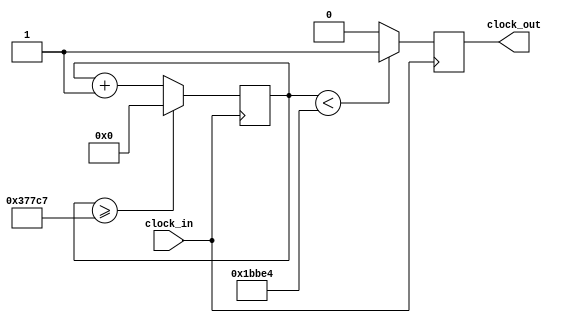
`timescale 1ns / 1ps
//////////////////////////////////////////////////////////////////////////////////
// Company: 
// Engineer: 
// 
// Design Name: 
// Module Name:    la 
// Project Name: 
// Target Devices: 
// Tool versions: 
// Description: 
//
// Dependencies: 
//
// Revision: 
// Revision 0.01 - File Created
// Additional Comments: 
//
//////////////////////////////////////////////////////////////////////////////////
module la (input clock_in, output reg clock_out);

reg [27:0]  counter = 28'd0;
parameter DIVISOR = 28'd227272;
always @(posedge clock_in)
begin
counter <= counter + 28'd1;
if (counter >=(DIVISOR-1))
counter <= 28'd0;
clock_out <= (counter<DIVISOR/2)?1'b1:1'b0;

end

endmodule